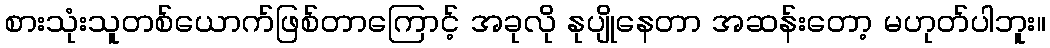
စားသုံးသူတစ်ယောက်ဖြစ်တာကြောင့် အခုလို နုပျိုနေတာ အဆန်းတော့ မဟုတ်ပါဘူး။